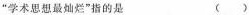
“学术思想最灿烂”指的是 ()